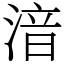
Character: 湆